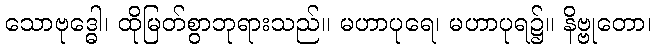
သောဗုဒ္ဓေါ၊ ထိုမြတ်စွာဘုရားသည်။ မဟာပုရေ၊ မဟာပုရ၌။ နိဗ္ဗုတော၊